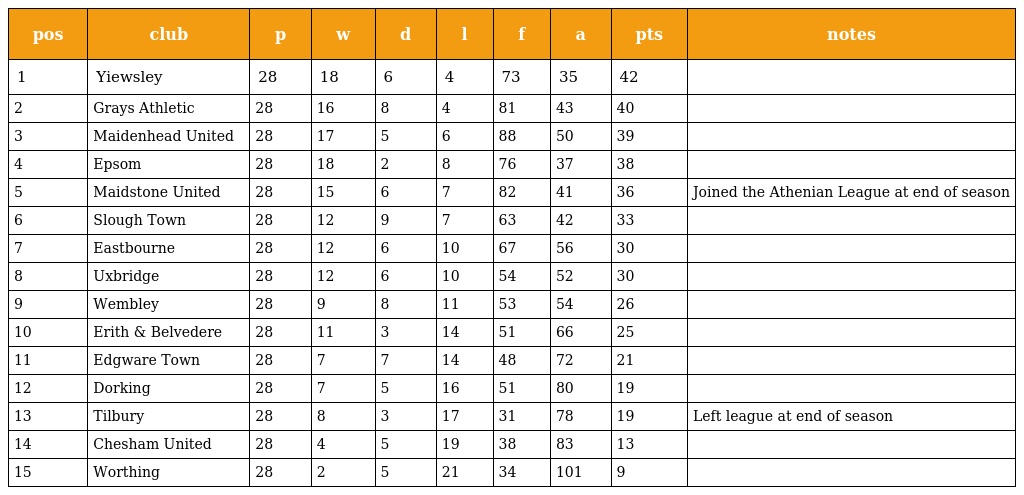
| pos | club | p | w | d | l | f | a | pts | notes |
 | --- | --- | --- | --- | --- | --- | --- | --- | --- | --- |
 | 1 | Yiewsley | 28 | 18 | 6 | 4 | 73 | 35 | 42 |  |
 | 2 | Grays Athletic | 28 | 16 | 8 | 4 | 81 | 43 | 40 |  |
 | 3 | Maidenhead United | 28 | 17 | 5 | 6 | 88 | 50 | 39 |  |
 | 4 | Epsom | 28 | 18 | 2 | 8 | 76 | 37 | 38 |  |
 | 5 | Maidstone United | 28 | 15 | 6 | 7 | 82 | 41 | 36 | Joined the Athenian League at end of season |
 | 6 | Slough Town | 28 | 12 | 9 | 7 | 63 | 42 | 33 |  |
 | 7 | Eastbourne | 28 | 12 | 6 | 10 | 67 | 56 | 30 |  |
 | 8 | Uxbridge | 28 | 12 | 6 | 10 | 54 | 52 | 30 |  |
 | 9 | Wembley | 28 | 9 | 8 | 11 | 53 | 54 | 26 |  |
 | 10 | Erith & Belvedere | 28 | 11 | 3 | 14 | 51 | 66 | 25 |  |
 | 11 | Edgware Town | 28 | 7 | 7 | 14 | 48 | 72 | 21 |  |
 | 12 | Dorking | 28 | 7 | 5 | 16 | 51 | 80 | 19 |  |
 | 13 | Tilbury | 28 | 8 | 3 | 17 | 31 | 78 | 19 | Left league at end of season |
 | 14 | Chesham United | 28 | 4 | 5 | 19 | 38 | 83 | 13 |  |
 | 15 | Worthing | 28 | 2 | 5 | 21 | 34 | 101 | 9 |  |